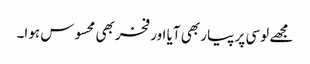
مجھے لوسی پر پیار بھی آیا اور فخر بھی محسوس ہوا۔